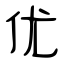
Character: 优